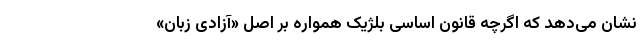
نشان می‌دهد که اگرچه قانون اساسی بلژیک همواره بر اصل «آزادی زبان»